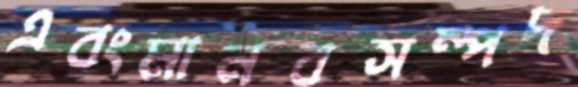
এবংমানবসম্পদ